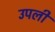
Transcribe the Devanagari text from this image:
उपली